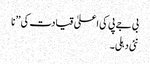
بی جے پی کی اعلیٰ قیادت کی ’’ نا
نئی دہلی۔